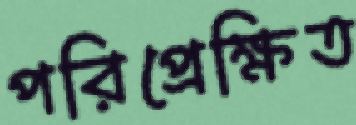
পরিপ্রেক্ষিত